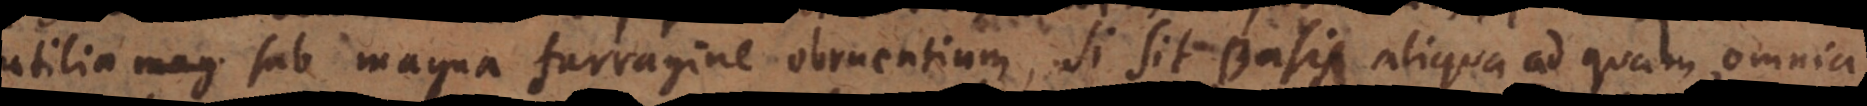
utilia sub magna farragine obruentium, si sit Basis aliqua ad quam omnia